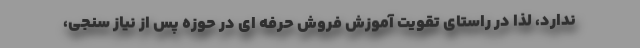
ندارد، لذا در راستای تقویت آموزش فروش حرفه ای در حوزه پس از نیاز سنجی،